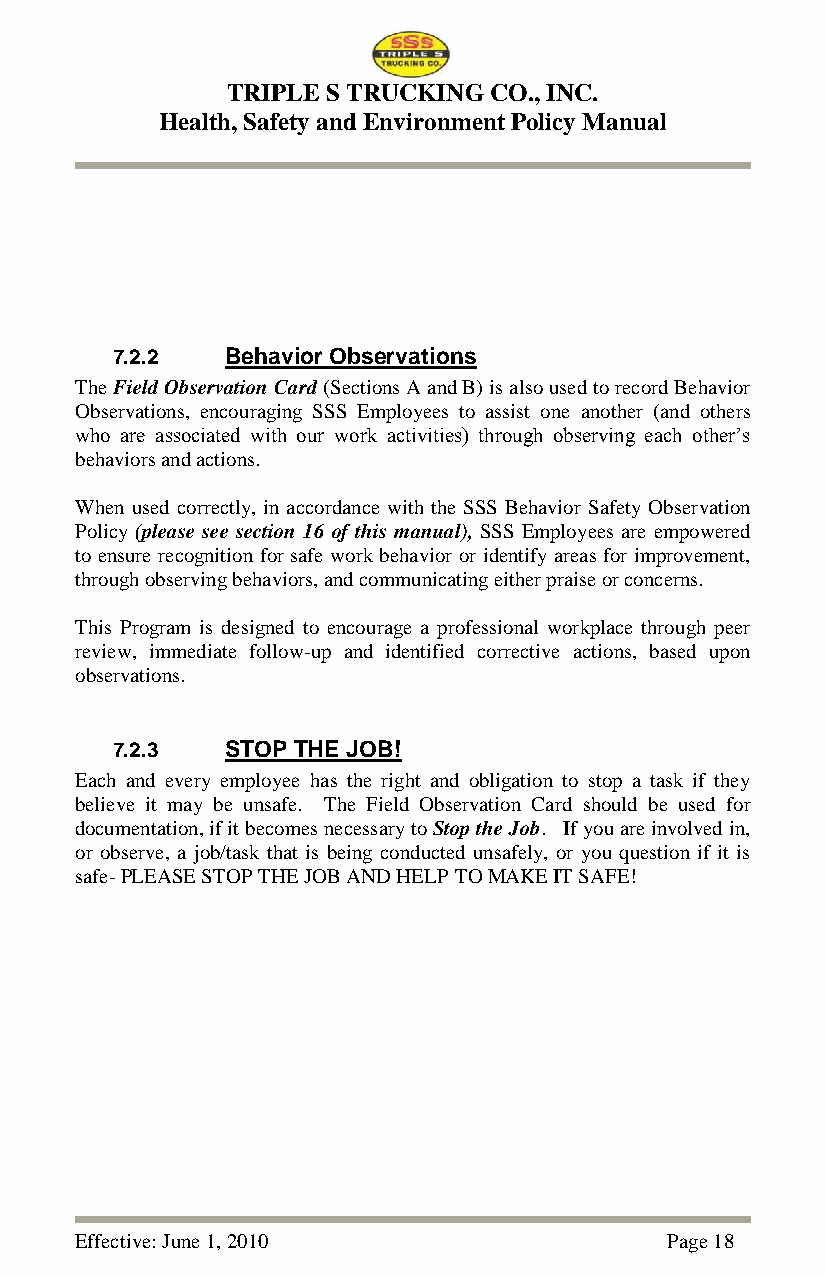
TRIPLE S TRUCKING CO., INC.
 Health, Safety and Environment Policy Manual
 7.2.2   Behavior Observations
 The Field Observation Card (Sections A and B) is also used to record Behavior
 Observations, encouraging SSS Employees to assist one another (and others
 who are associated with our work activities) through observing each other‘s
 behaviors and actions.
 When used correctly, in accordance with the SSS Behavior Safety Observation
 Policy (please see section 16 of this manual), SSS Employees are empowered
 to ensure recognition for safe work behavior or identify areas for improvement,
 through observing behaviors, and communicating either praise or concerns.
 This Program is designed to encourage a professional workplace through peer
 review, immediate follow-up and identified corrective actions, based upon
 observations.
 7.2.3   STOP THE JOB!
 Each and every employee has the right and obligation to stop a task if they
 believe it may be unsafe. The Field Observation Card should be used for
 documentation, if it becomes necessary to Stop the Job. If you are involved in,
 or observe, a job/task that is being conducted unsafely, or you question if it is
 safe- PLEASE STOP THE JOB AND HELP TO MAKE IT SAFE!
 Effective: June 1, 2010                Page 18